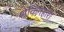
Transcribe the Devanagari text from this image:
शेकिगहारा